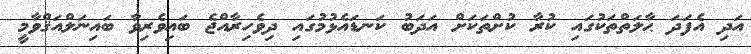
އަދި އެފަދަ ޙާލަތްތަކުގައި ކުރާ ކުށްތަކަށް އަދަބު ކަނޑައެޅުމުގައި ދިވެހިރާއްޖެ ބައިވެރިވާ ބައިނަލްއަޤްވާމީ